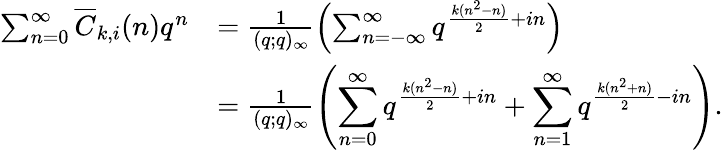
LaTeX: \begin{array}{rl}{\sum_{n=0}^{\infty}\overline{{C}}_{k,i}(n)q^{n}}&{=\frac{1}{(q;q)_{\infty}}\left(\sum_{n=-\infty}^{\infty}q^{\frac{k(n^{2}-n)}{2}+in}\right)}\\ &{=\frac{1}{(q;q)_{\infty}}\left(\displaystyle\sum_{n=0}^{\infty}q^{\frac{k(n^{2}-n)}{2}+in}+\displaystyle\sum_{n=1}^{\infty}q^{\frac{k(n^{2}+n)}{2}-in}\right).}\end{array}